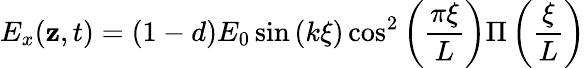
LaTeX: E_{x}(\mathbf{z},t)=(1-d)E_{0}\sin\left(k\xi\right)\cos^{2}\left(\frac{{\pi\xi}}{{L}}\right)\Pi\left(\frac{{\xi}}{{L}}\right)